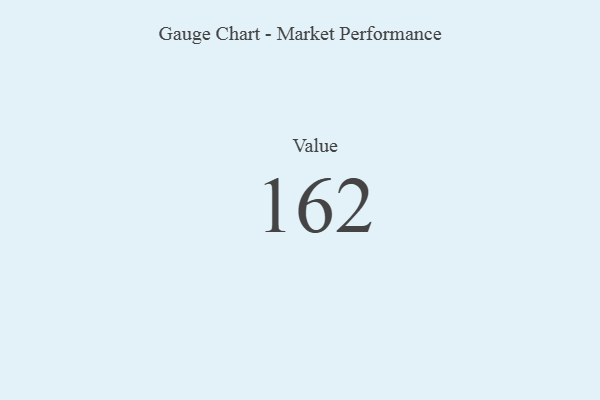
{"axis": {"x": "Metric", "y": "Value"}, "legend": [""], "data": [{"x": "Value", "y": 162, "type": ""}]}